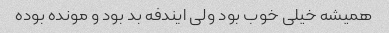
همیشه خیلی خوب بود ولی ایندفه بد بود و مونده بوده